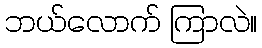
ဘယ်လောက် ကြာလဲ။